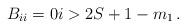
LaTeX: \begin{align*} B_{ii} =0 i>2S+1-m_1 \,. \end{align*}